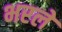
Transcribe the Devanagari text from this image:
भरलें